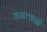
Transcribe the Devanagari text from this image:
वसल्याने